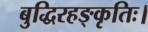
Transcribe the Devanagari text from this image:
बुद्धिरहङ्कृतिः।